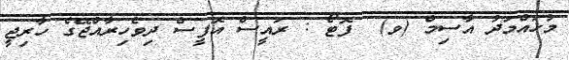
މުހައްމަދު އާސިމް (ވ)  ފޮޓޯ : ރައީސް އޮފީސް ދިވެހިރާއްޖޭގެ ހާރިޖީ